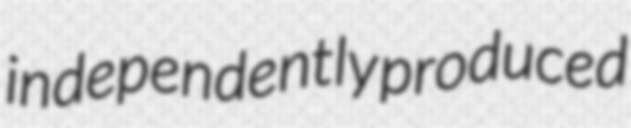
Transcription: independently produced